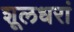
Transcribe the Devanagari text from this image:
शूलधरां